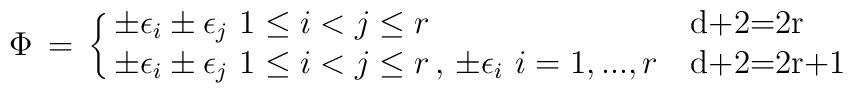
\Phi\, =\, \cases{\pm\epsilon_i\pm\epsilon_j\,\,1\le i<j\le r &d+2=2r\cr\pm\epsilon_i\pm\epsilon_j\,\,1\le i<j\le r\,,\,\pm\epsilon_i\,\,i=1,...,r& d+2=2r+1 }